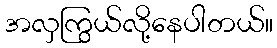
အလှကြွယ်လို့နေပါတယ်။